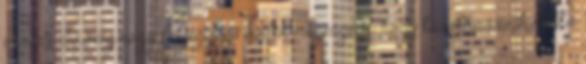
üresen. Szöveg vagy feljegyzés esetén megengedi, hogy tárolhassunk nulla